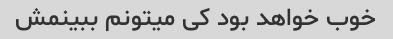
خوب خواهد بود کی میتونم ببینمش